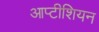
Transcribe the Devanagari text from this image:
आप्टीशियन